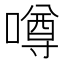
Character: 噂